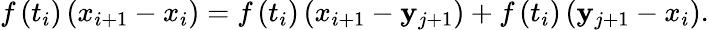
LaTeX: f\left(t_{i}\right)\left(x_{i+1}-x_{i}\right)=f\left(t_{i}\right)\left(x_{i+1}-\mathbf{y}_{j+1}\right)+f\left(t_{i}\right)\left(\mathbf{y}_{j+1}-x_{i}\right).